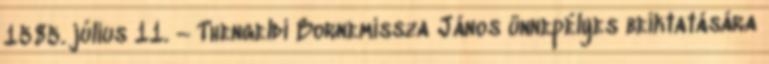
1585. július 11. – Thengeldi Bornemissza János ünnepélyes beiktatására